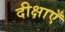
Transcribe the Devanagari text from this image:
दीक्षाएँ